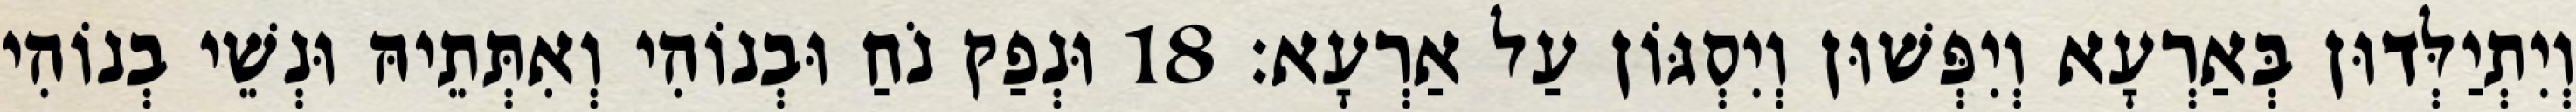
וְיִתְיַלְּדוּן בְּאַרְעָא וְיִפְּשׁוּן וְיִסְגּוֹן עַל אַרְעָא׃ 18 וּנְפַק נֹחַ וּבְנוֹהִי וְאִתְּתֵיהּ וּנְשֵׁי בְנוֹהִי